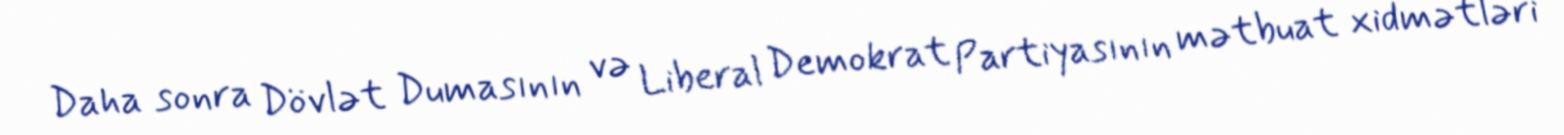
Daha sonra Dövlət Dumasının və Liberal Demokrat Partiyasının mətbuat xidmətləri